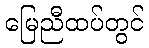
မြေညီထပ်တွင်